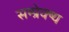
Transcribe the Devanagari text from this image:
सम्प्रेक्ष्य